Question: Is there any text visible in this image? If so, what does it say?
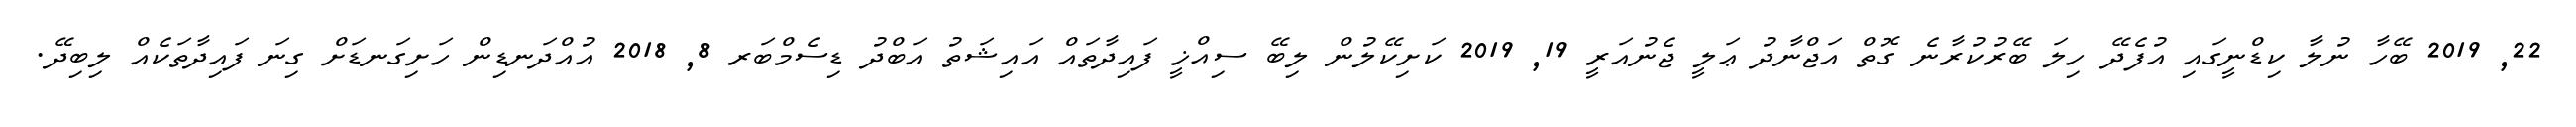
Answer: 22, 2019 ބޭހާ ނުލާ ކިޑްނީގައި އުފެދޭ ހިލަ ބޭރުކުރާނެ ގޮތް އަޖްނާދު ޢަލީ ޖެނުއަރީ 19, 2019 ކަށިކޭލުން ލިބޭ ސިއްޚީ ފައިދާތައް އައިޝަތު އަބްދު ޑިސެމްބަރ 8, 2018 އުއްދަނޑިން ހަށިގަނޑަށް ގިނަ ފައިދާތަކެއް ލިބިދޭ.